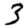
Digit: 3